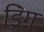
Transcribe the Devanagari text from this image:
ड्रिंग